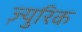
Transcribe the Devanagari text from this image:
ज़्युरिक